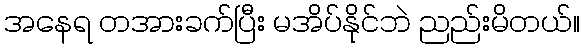
အနေရ တအားခက်ပြီး မအိပ်နိုင်ဘဲ ညည်းမိတယ်။